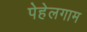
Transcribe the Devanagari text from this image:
पेहेलगाम